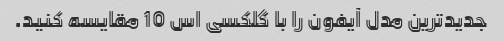
جدیدترین مدل آیفون را با گلکسی اس 10 مقایسه کنید.